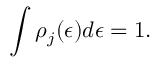
\int \rho _ { j } ( \epsilon ) d \epsilon = 1 .